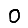
Digit: 0